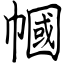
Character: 幗